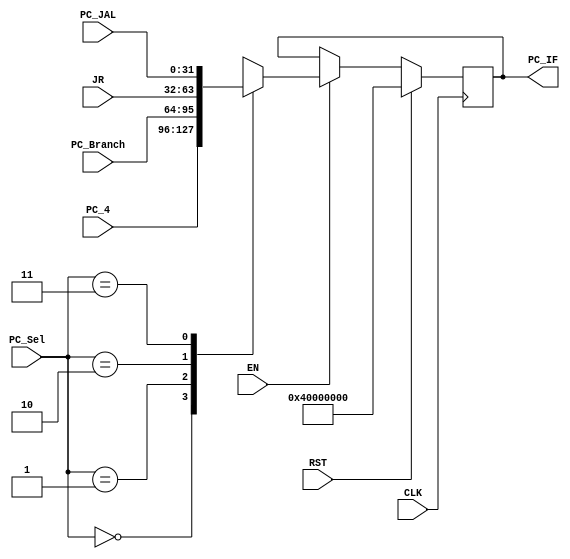
module PC(input[31:0]  PC_Branch, PC_4, PC_JAL, JR,
	  input [1:0] PC_Sel,
	  input EN, CLK, RST,
	  output[31:0] PC_IF//, PC_IMEM
	  );

   reg [31:0] 	the_pc, the_instant_pc;

   always @(posedge CLK) begin
      if (EN) begin
	 case(PC_Sel)
	   2'b00: the_pc <= PC_4;
	   2'b01: the_pc <= PC_Branch;
	   2'b10: the_pc <= JR;
	   2'b11: the_pc <= PC_JAL;
	   default: the_pc <= PC_4;
	 endcase // case (PC_Sel)
      end

      if (RST) the_pc <= 32'h40000000;
	       
   end // always @ (posedge CLK)
   
   assign PC_IF = the_pc;

endmodule // PC